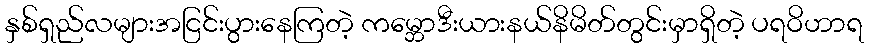
နှစ်ရှည်လများအငြင်းပွားနေကြတဲ့ ကမ္ဘောဒီးယားနယ်နိမိတ်တွင်းမှာရှိတဲ့ ပရဝိဟာရ